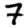
Digit: 7